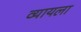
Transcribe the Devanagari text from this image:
व्यायला